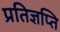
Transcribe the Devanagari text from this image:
प्रतिज्ञप्ति